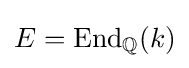
E=\operatorname {End} _{\mathbb {Q} }(k)